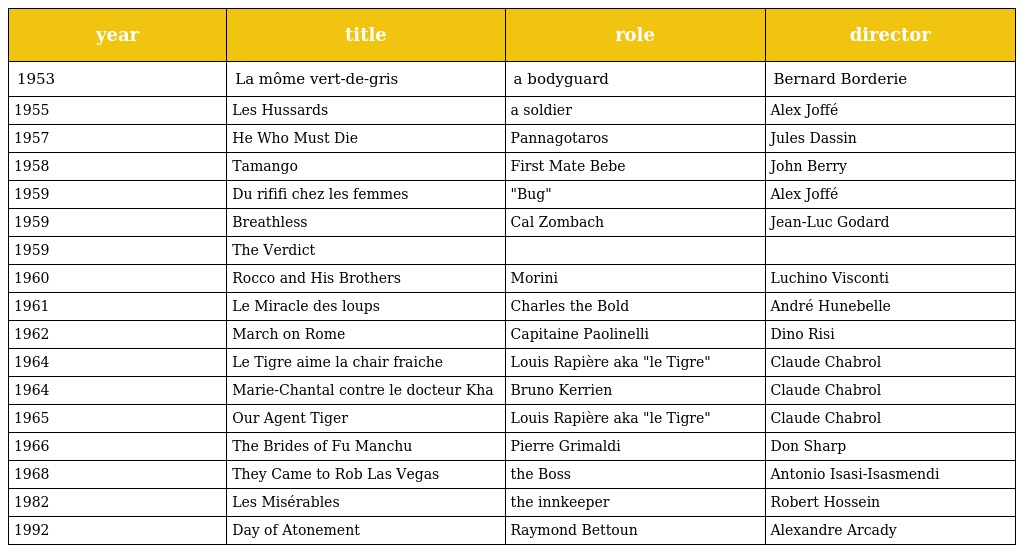
| year | title | role | director |
 | --- | --- | --- | --- |
 | 1953 | La môme vert-de-gris | a bodyguard | Bernard Borderie |
 | 1955 | Les Hussards | a soldier | Alex Joffé |
 | 1957 | He Who Must Die | Pannagotaros | Jules Dassin |
 | 1958 | Tamango | First Mate Bebe | John Berry |
 | 1959 | Du rififi chez les femmes | "Bug" | Alex Joffé |
 | 1959 | Breathless | Cal Zombach | Jean-Luc Godard |
 | 1959 | The Verdict |  |  |
 | 1960 | Rocco and His Brothers | Morini | Luchino Visconti |
 | 1961 | Le Miracle des loups | Charles the Bold | André Hunebelle |
 | 1962 | March on Rome | Capitaine Paolinelli | Dino Risi |
 | 1964 | Le Tigre aime la chair fraiche | Louis Rapière aka "le Tigre" | Claude Chabrol |
 | 1964 | Marie-Chantal contre le docteur Kha | Bruno Kerrien | Claude Chabrol |
 | 1965 | Our Agent Tiger | Louis Rapière aka "le Tigre" | Claude Chabrol |
 | 1966 | The Brides of Fu Manchu | Pierre Grimaldi | Don Sharp |
 | 1968 | They Came to Rob Las Vegas | the Boss | Antonio Isasi-Isasmendi |
 | 1982 | Les Misérables | the innkeeper | Robert Hossein |
 | 1992 | Day of Atonement | Raymond Bettoun | Alexandre Arcady |